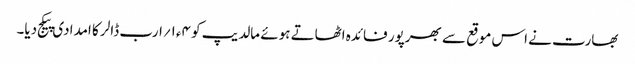
بھارت نے اس موقع سے بھرپور فائدہ اٹھاتے ہوئے مالدیپ کو ۴ء۱؍ارب ڈالر کا امدادی پیکج دیا۔